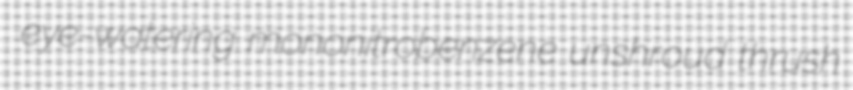
eye-watering mononitrobenzene unshroud thrush